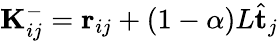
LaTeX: \mathbf{K}_{ij}^{-}=\mathbf{r}_{ij}+\left(1-\alpha\right)L\hat{\mathbf{t}}_{j}